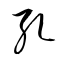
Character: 孔